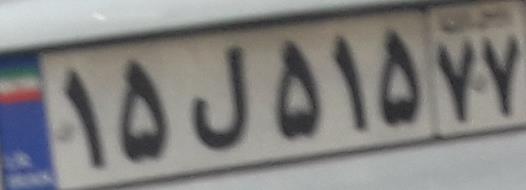
۱۵ل۵۱۵۷۷